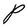
Character: P